Annual report of the Civil Veterinary Department, Bengal, for the year 1897-98 - 1897-1898
Year: 1897
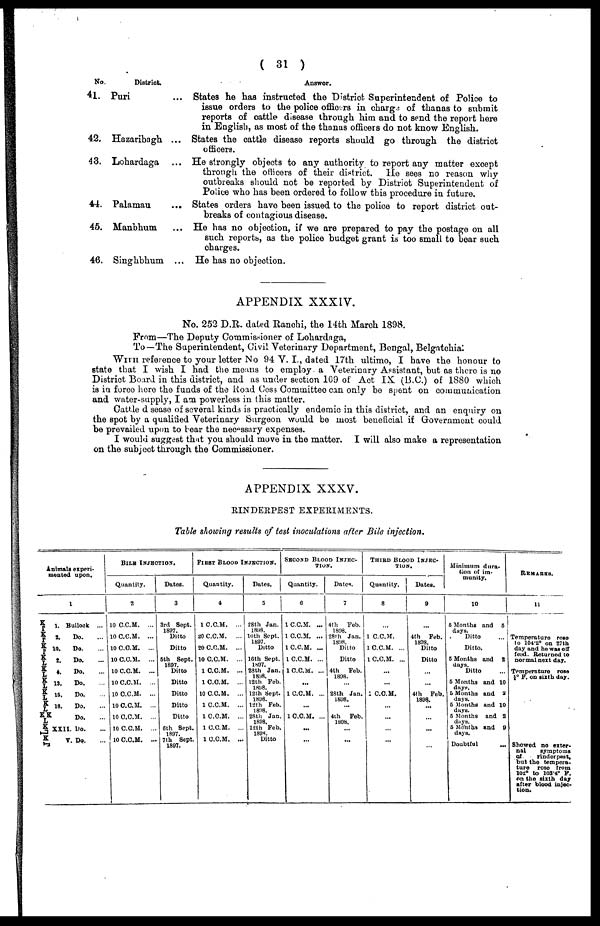
( 31 )
No.
41.
42.
43.
44.
45.
46.
District.
Puri
Hazaribagh
Lohardaga
Palamau
Manbhum
Singhbhum
...
...
...
...
...
...
Answer.
States he has instructed the District Superintendent of Police to
issue orders to the police officers in charge of thanas to submit
reports of cattle disease through him and to send the report here
in English, as most of the thanas officers do not know English.
States the cattle disease reports should go through the district
officers.
He strongly objects to any authority to report any matter except
through the officers of their district. He sees no reason why
outbreaks should not be reported by District Superintendent of
Police who has been ordered to follow this procedure in future.
States orders have been issued to the police to report district out-
breaks of contagious disease.
He has no objection, if we are prepared to pay the postage on all
such reports, as the police budget grant is too small to bear such
charges.
He has no objection.
APPENDIX XXXIV.
No. 252 D.R. dated Ranchi, the 14th March 1898.
From—The Deputy Commissioner of Lohardaga,
To—The Superintendent, Civil Veterinary Department, Bengal, Belgatchia.
WITH reference to your letter No 94 V. I., dated 17th ultimo, I have the honour to
state that I wish I had the means to employ a Veterinary Assistant, but as there is no
District Board in this district, and as under section 109 of Act IX (B.C.) of 1880 which
is in force here the funds of the Road Cess Committee can only be spent on communication
and water-supply, I am powerless in this matter.
Cattle d sease of several kinds is practically endemic in this district, and an enquiry on
the spot by a qualified Veterinary Surgeon would be most beneficial if Government could
be prevailed upon to bear the necessary expenses.
I would suggest that you should move in the matter. I will also make a representation
on the subject through the Commissioner.
APPENDIX XXXV.
RINDERPEST EXPERIMENTS.
Table showing results of test inoculations after Bile injection.
Animals experi-
mented upon.
K
T
K
T
K
T X
L
K
L
K
L
K
L
K
L
K K
L
K
L
K
1
1. Bullock ...
2.
Do. ...
10.
Do. ...
2. Do. ...
4.
Do. ...
13.
Do. ...
16.
Do. ...
18.
Do. ...
Do. ...
XXII. Do. ...
V. Do. ...
BILL INJECTION.
Quantity.
2
10 C.C.M. ...
10 C.C.M. ...
10 C.C.M. ...
10 C.C.M. ...
10 C.C.M. ...
10 C.C.M. ...
10 C.C.M. ...
10 C.C.M. ...
10 C.C.M. ...
10 C.C.M. ...
10 C.C.M. ...
Dates.
3
3rd Sept.
1897.
Ditto
Ditto
5th Sept.
1897.
Ditto
Ditto
Ditto
Ditto
Ditto
6th Sept.
1897.
7th Sept.
1897.
FIRST BLOOD INJECTION.
Quantity.
4
1 C.C.M. ...
20 C.C.M. ...
20 C.C.M. ...
10 C.C.M. ...
1 C.C.M. ...
1 C.C.M. ...
10 C.C.M. ...
1 C.C.M. ...
1 C.C.M. ...
1 C.C.M. ...
1 C.C.M. ...
Dates.
5
28th Jan.
1898.
10th Sept.
1897.
Ditto
16th Sept.
1897.
28th Jan.
1898.
12th Feb.
1898.
12th Sept.
1808.
12th Feb.
1898.
28th Jan.
1888.
12th Feb.
1898.
Ditto
SECOND BLOOD INJEC-
----.
Quantity.
6
1 C.C.M. ...
1 C.C.M. ...
1 C.C.M. ...
1 C.C.M. ...
1 C.C.M. ...
...
1 C.C.M. ...
...
1 C.C.M. ...
...
...
Dates.
7
4th Feb.
1898.
28th Jan.
1898.
Ditto
Ditto
4th Feb.
1898.
...
28th Jan.
1898.
...
4th Feb.
1898.
...
...
THIRD BLOOD INJEC-
----.
Quantity.
8
...
1 C.C.M.
1 C.C.M. ...
1 C.C.M. ...
...
...
1 C.C.M.
...
...
...
...
Dates.
9
...
4th Feb.
1898.
Ditto
Ditto
...
...
4th Feb.
1898.
...
...
...
...
Minimum dura-
tion of im-
munity.
10
6 Months and
days.
Ditto
Ditto.
5 Months and
days.
Ditto
5 Months and
days.
6 Months and
days.
5 Months and
days.
5 Months and
days.
5 Months and
days.
Doubtful
5
...
8
...
10
2
10
8
9
...
REMARKS.
11
Temperature rose
to 104.2° on 27th
day and he was off
feud. Returned to
normal next day.
Temperature rose
½° F. on sixth day.
Showed no exter-
nal
symptoms
of
rinderpest,
but the tempera-
ture rose from
102° to 103.4° F.
on the sixth day
after blood injec-
tion.